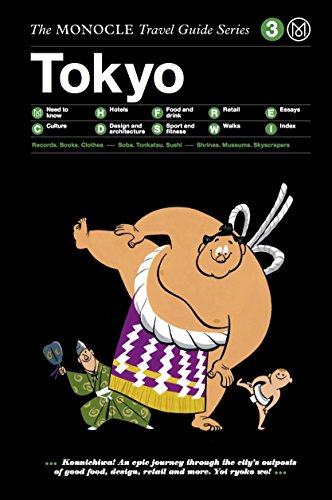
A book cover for Tokyo: Monocle Travel Guide (Monocle Travel Guides); Monocle; Travel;